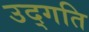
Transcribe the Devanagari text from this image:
उद्गति